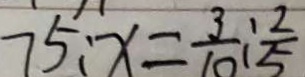
7 5 : x = \frac { 3 } { 1 0 } : \frac { 2 } { 5 }